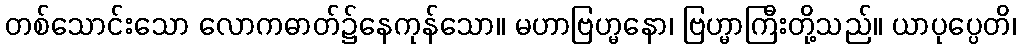
တစ်သောင်းသော လောကဓာတ်၌နေကုန်သော။ မဟာဗြဟ္မနော၊ ဗြဟ္မာကြီးတို့သည်။ ယာပုပ္ပေတိ၊